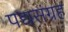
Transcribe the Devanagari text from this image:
पद्यसंग्रह